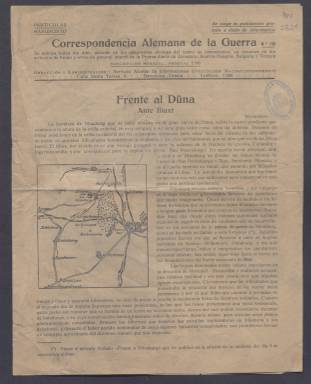
Título: Correspondencia alemana
Colección: Periódicos
Ámbito geográfico: Barcelona
Lugar de publicación: Barcelona
Fechas: 01/01/1917-27/04/1917

Periódico de propaganda de las potencias centrales durante la Gran Guerra, más tarde llamada Primera Guerra Mundial (1914-1918). Comenzó a publicarse en 1916 en Barcelona editado por el Servicio Alemán de Informaciones, que patrocinaba también la revista Germania y otras publicaciones. La Biblioteca Nacional de España solo posee los números de marzo y casi todos los de abril de 1917.

  La Correspondencia alemana era diaria y recogía, según decía en su cabecera, además de telegramas oficiales, un resumen de los artículos de fondo y otros de interés general de la prensa diaria de Alemania, Austria-Hungría, Bulgaria y Turquía, es decir las potencias que estaban enfrentadas a la alianza encabezada por Francia, Inglaterra y Rusia, a la que más tarde se unió los Estados Unidos.

Las cuatro páginas de la Correspondencia alemana estaban dedicadas en su mayor parte a los acontecimientos bélicos, destacando los éxitos de las potencias centrales en la marcha de la guerra, además de la información política relacionada con el conflicto y con los países implicados en uno y otro bando.

   España permaneció neutral durante todo el desarrollo de la guerra, pero esta tuvo graves repercusiones económicas en el país, al paralizarse las inversiones y el comercio.  La sociedad española se dividió entre los que apoyaban a uno y otro bando, en aliadófilos y germanófilos. En líneas generales, las fuerzas de derecha estaban con Alemania y el imperio austrohúngaro y las republicanas y de izquierda con Francia e Inglaterra.

  El rey Alfonso XIII, cuya madre era austriaca y su esposa inglesa, tuvo que guardar un difícil equilibrio. Destacó su actuación durante esos años por su labor de mediación humanitaria. Por ejemplo, en el número del 29 de marzo de 1917 se recogen los elogios al rey de España en la prensa alemana por haber enviado un telegrama interesándose por el estado del príncipe Federico Carlos de Prusia, gravemente herido en los combates.

  Una de las curiosidades de esta publicación es el anuncio en su última página de la representación de ‘Los intereses creados’ que se iba a llevar a cabo el 28 de abril de 1917 en el Teatro Coliseo Pompeya, de Barcelona. Se trataba de la primera representación en alemán de la comedia de Jacinto Benavente. El beneficio de la función estaba dedicado a la Cruz Roja.

[Descripción publicada el 11/09/2023